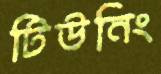
টিউনিং